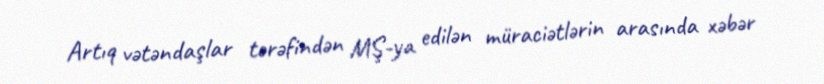
Artıq vətəndaşlar tərəfindən MŞ-ya edilən müraciətlərin arasında xəbər